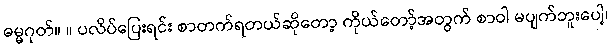
ဓမ္မဂုတ်။ ။ ပလိပ်ပြေးရင်း စာတက်ရတယ်ဆိုတော့ ကိုယ်တော့်အတွက် စာဝါ မပျက်ဘူးပေါ့၊